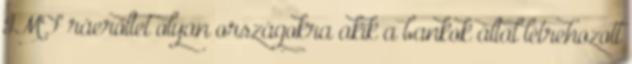
IMF ráerőltet olyan országokra akik a bankok által létrehozott